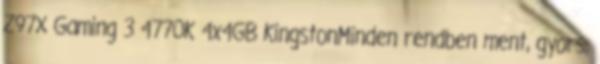
Z97X Gaming 3 4770K 4x4GB KingstonMinden rendben ment, gyors,